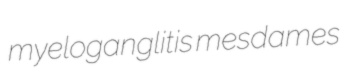
myeloganglitis mesdames